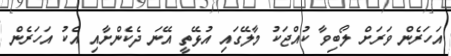
އަހަރެން ވަރަށް ލޯބިވާ ކުއްޖަކު މާލޭގައި އުޅޭތީ އޭނަ ދެކެންށާއި އެކު އަހަރެން